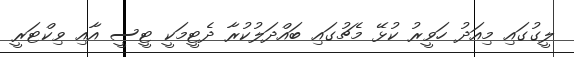
ލީގުގައި މިއަދު ހަވީރު ކުޅޭ މެޗުގައި ބައްދަލުކުރާ ދެޓީމަކީ ޓީސީ އާއި ވިކްޓަރީ